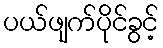
ပယ်ဖျက်ပိုင်ခွင့်